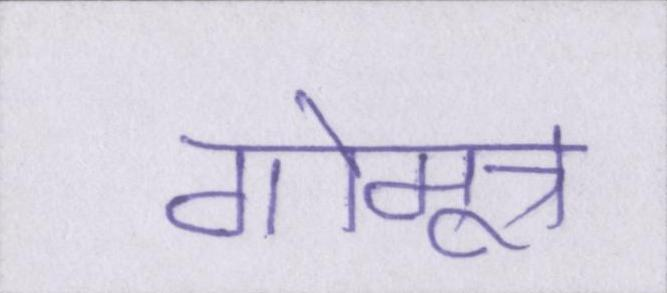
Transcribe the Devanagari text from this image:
गोमूत्र